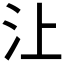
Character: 𰛈